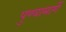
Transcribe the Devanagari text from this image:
पुण्यामार्गे